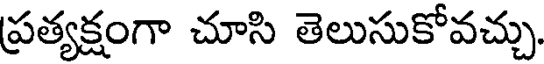
ప్రత్యక్షంగా చూసి తెలుసుకోవచ్చు.